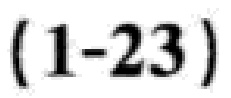
$(1 - 23)$